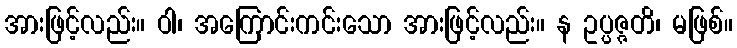
အားဖြင့်လည်း။ ဝါ၊ အကြောင်းကင်းသော အားဖြင့်လည်း။ န ဥပ္ပဇ္ဇတိ၊ မဖြစ်။